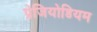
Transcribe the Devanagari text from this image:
प्रेजियोडियम